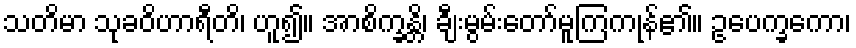
သတိမာ သုခဝိဟာရီတိ၊ ဟူ၍။ အာစိက္ခန္တိ၊ ချီးမွမ်းတော်မူကြကုန်၏။ ဥပေက္ခကော၊